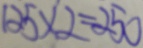
1 2 5 \times 2 = 2 5 0